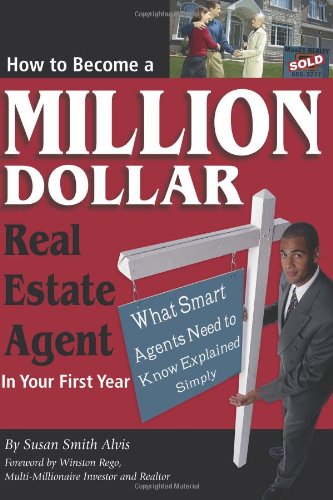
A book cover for How to Become a Million Dollar Real Estate Agent in Your First Year: What Smart Agents Need to Know Explained Simply; Susan Smith Alvis; Business & Money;